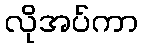
လိုအပ်ကာ